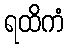
ရထိကံ